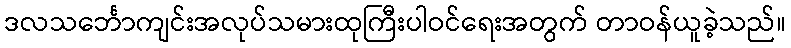
ဒလသင်္ဘောကျင်းအလုပ်သမားထုကြီးပါဝင်ရေးအတွက် တာဝန်ယူခဲ့သည်။